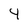
Character: 4